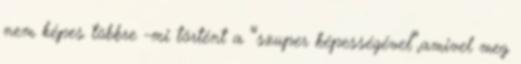
nem képes többre -mi történt a “szuper képességével”,amivel meg